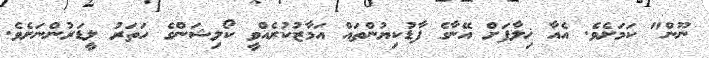
ނޫން" ކަމަށެވެ. އެއާ ޚިލާފަށް އޭނާގެ ފާޑުކިޔުންތައް އަމާޒުކުރެއްވީ ކޯލިޝަންގެ ހަތަރު ލީޑަރުންނަށެވެ.